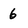
Character: 6